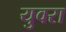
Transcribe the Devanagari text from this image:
युवरा